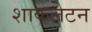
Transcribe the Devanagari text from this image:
शाकलेटन